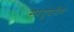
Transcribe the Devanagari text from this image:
सरयूपारीय